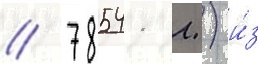
/ 78541 л.) и́з